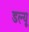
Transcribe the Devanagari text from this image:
डल्यू